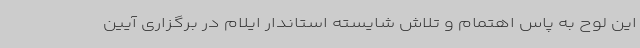
این لوح به پاس اهتمام ‌و تلاش شایسته استاندار ایلام در برگزاری آیین